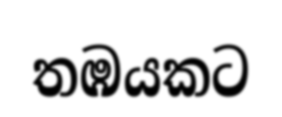
තඹයකට